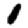
Digit: 1